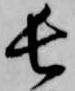
長